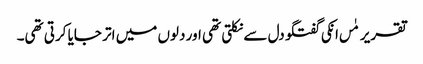
تقریر مٰں انکی گفتگو دل سے نکلتی تھی اور دلوں میں اتر جایا کرتی تھی۔